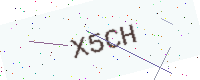
Text: X5CH